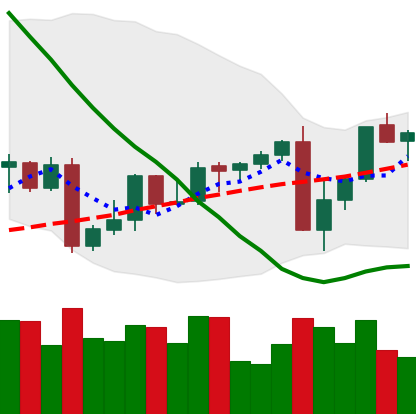
Ticker: XMR-USD
Chart end date: 2022-09-11
Forward return: -5.95%
Label: down_5_7